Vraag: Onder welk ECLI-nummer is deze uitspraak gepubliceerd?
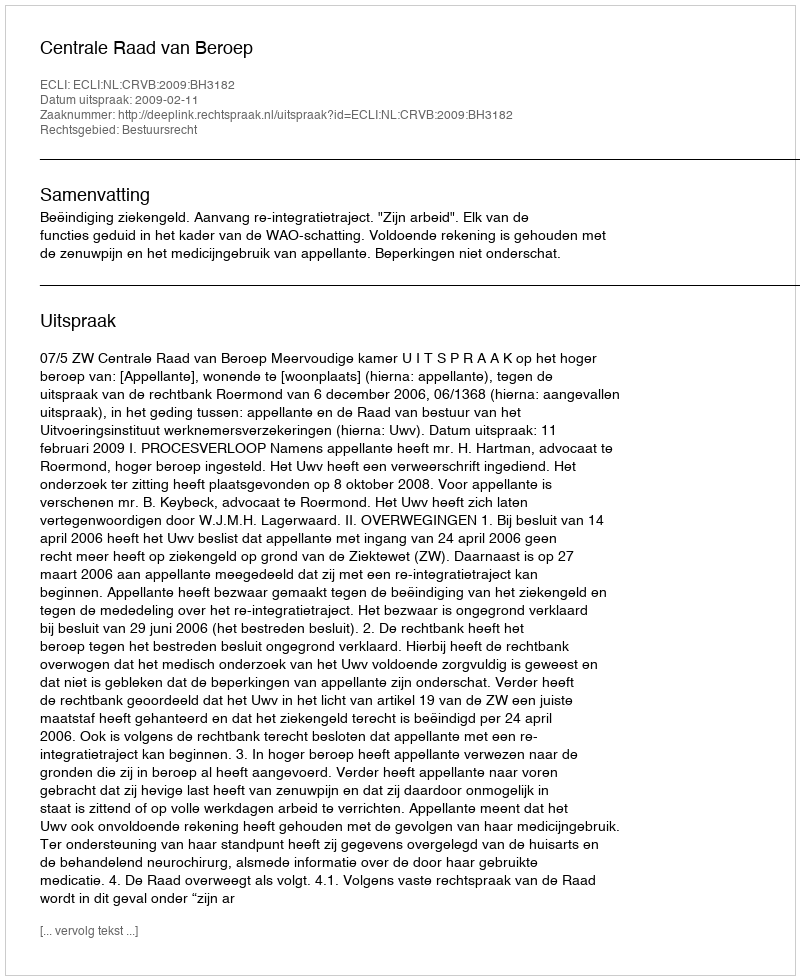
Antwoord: ECLI:NL:CRVB:2009:BH3182